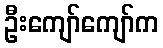
ဦးကျော်ကျော်က